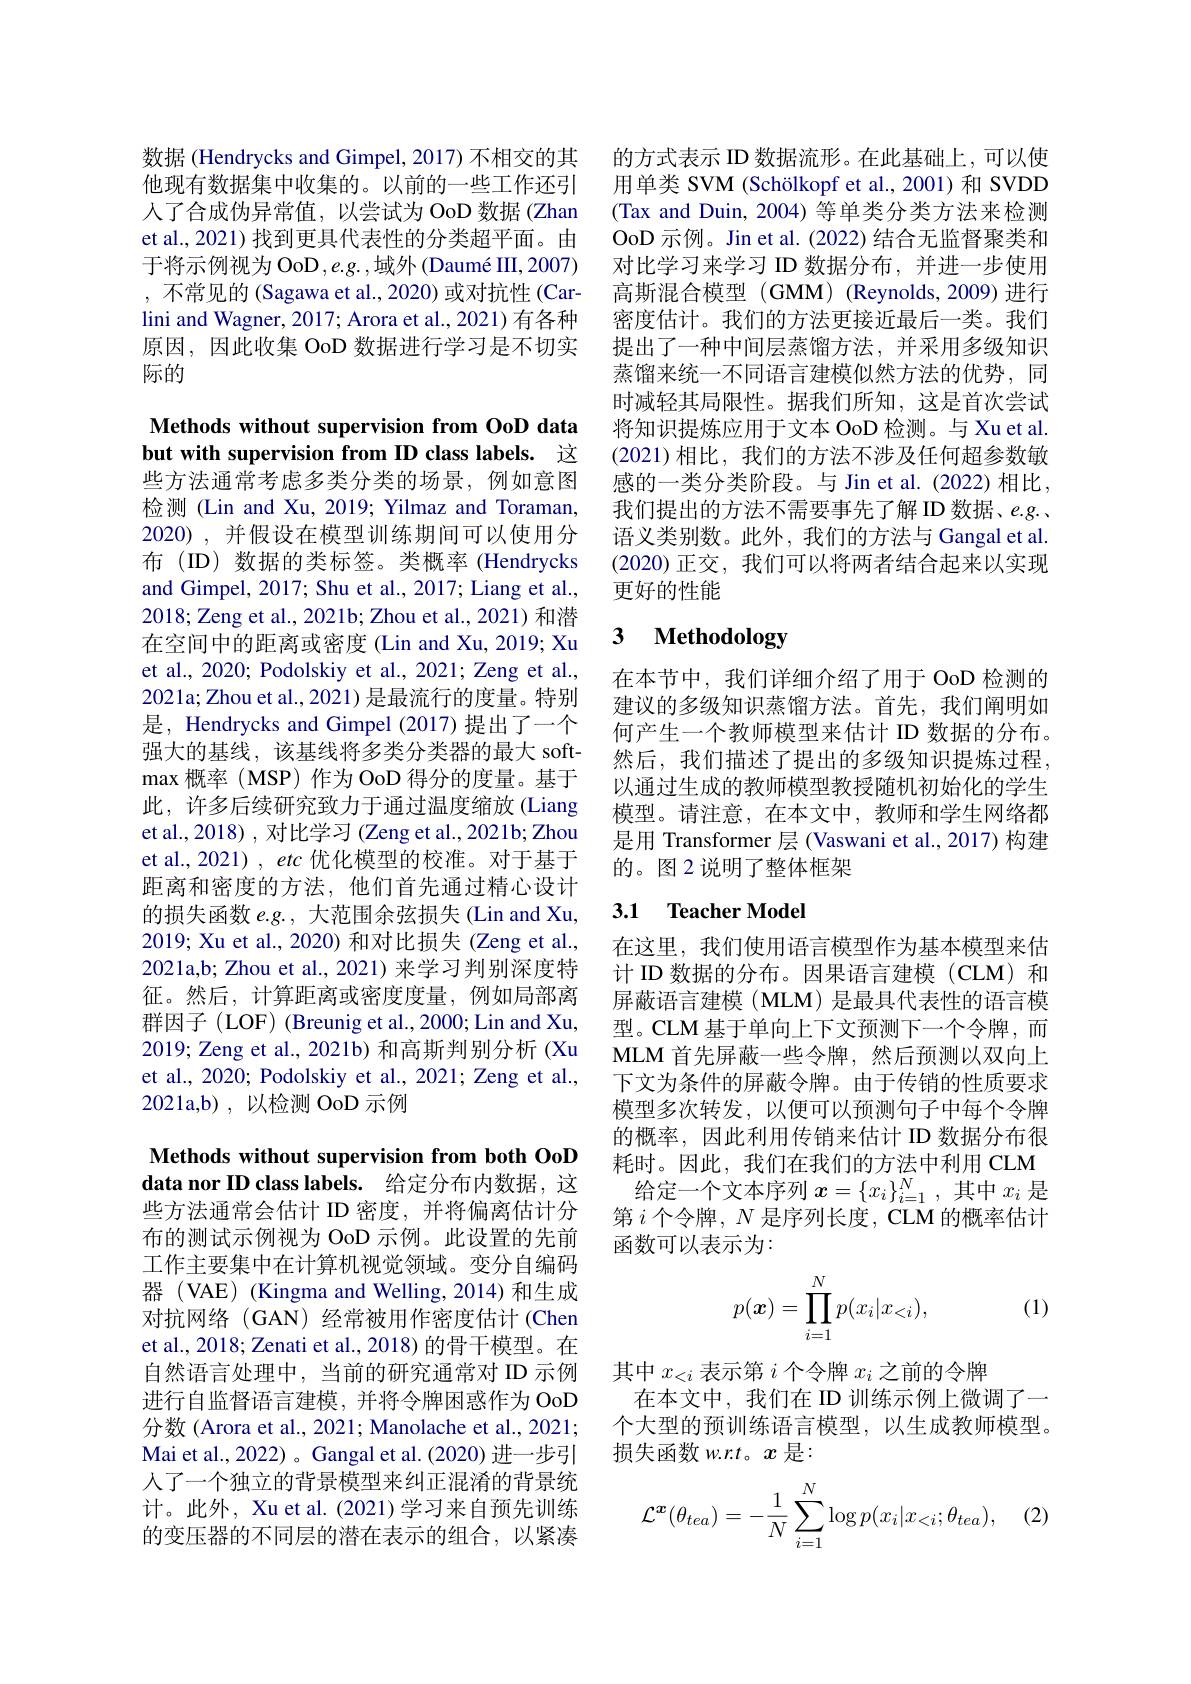
数据 (Hendrycks and Gimpel, 2017) 不相交的其他现有数据集中收集的。以前的一些工作还引人了合成伪异常值，以尝试为 OoD 数据 (Zhan et al., 2021) 找到更具代表性的分类超平面。由于将示例视为 OoD $,e.g.$,域外 (Daumé III,2007) ,不常见的 (Sagawa et al., 2020) 或对抗性 (Carlini and Wagner, 2017; Arora et al., 2021) 有各种原因，因此收集 OoD 数据进行学习是不切实际的

## Methods without supervision from OoD data but with supervision from ID class labels. 这

些方法通常考虑多类分类的场景，例如意图检测 (Lin and Xu, 2019; Yilmaz and Toraman. 2020),并假设在模型训练期间可以使用分布(ID)数据的类标签。类概率(Hendrycks and Gimpel, 2017; Shu et al., 2017; Liang et al., 2018; Zeng et al., 2021b; Zhou et al., 2021) 和潜在空间中的距离或密度 (Lin and Xu, 2019; Xu et al., 2020; Podolskiy et al., 2021; Zeng et al., 2021a; Zhou et al., 2021) 是最流行的度量。特别是，Hendrycks and Gimpel (2017)提出了一个强大的基线，该基线将多类分类器的最大 soft- $\max$概率(MSP)作为 OoD 得分的度量。基于此，许多后续研究致力于通过温度缩放(Liang et al., 2018) , 对比学习 (Zeng et al., 2021b; Zhou et al., 2021) , etc 优化模型的校准。对于基于距离和密度的方法，他们首先通过精心设计的损失函数 e.g., 大范围余弦损失(Lin and Xu, 2019; Xu et al., 2020) 和对比损失(Zeng et al., 2021a,b; Zhou et al., 2021) 来学习判别深度特征。然后，计算距离或密度度量，例如局部离群因子 (LOF) (Breunig et al., 2000; Lin and Xu, 2019; Zeng et al., 2021b) 和高斯判别分析 (Xu et al., 2020; Podolskiy et al., 2021; Zeng et al., 2021a,b),以检测 OoD 示例

Methods without supervision from both OoD data nor ID class labels. 给定分布内数据，这

些方法通常会估计 ID 密度，并将偏离估计分布的测试示例视为 OoD 示例。此设置的先前工作主要集中在计算机视觉领域。变分自编码器 (VAE) (Kingma and Welling, 2014) 和生成对抗网络(GAN) 经常被用作密度估计(Chen et al., 2018; Zenati et al., 2018) 的骨干模型。在自然语言处理中，当前的研究通常对 ID 示例进行自监督语言建模，并将令牌困惑作为 OoD 分数 (Arora et al., 2021; Manolache et al., 2021; Mai et al., 2022) 。Gangal et al. (2020) 进一步引人了一个独立的背景模型来纠正混淆的背景统计。此外，Xu et al. (2021) 学习来自预先训练的变压器的不同层的潜在表示的组合，以紧凑

的方式表示 ID 数据流形。在此基础上，可以使用单类 SVM (Schölkopf et al., 2001) 和 SVDD (Tax and Duin, 2004) 等单类分类方法来检测OoD 示例。Jin et al. (2022) 结合无监督聚类和对比学习来学习 ID 数据分布，并进一步使用高斯混合模型 (GMM) (Reynolds,2009) 进行密度估计。我们的方法更接近最后一类。我们提出了一种中间层蒸馏方法，并采用多级知识蒸馏来统一不同语言建模似然方法的优势，同时减轻其局限性。据我们所知，这是首次尝试将知识提炼应用于文本 OoD 检测。与 Xu et al. $(2021)相比，我们的方法不涉及任何超参数敏$ 感的一类分类阶段。与 Jin et al. (2022) 相比， 我们提出的方法不需要事先了解 ID 数据、e.g. 、 语义类别数。此外，我们的方法与 Gangal et al. (2020)正交，我们可以将两者结合起来以实现更好的性能

### 3 $\textbf{Methodology}$

在本节中，我们详细介绍了用于 OoD 检测的建议的多级知识蒸馏方法。首先，我们阐明如何产生一个教师模型来估计 ID 数据的分布。然后，我们描述了提出的多级知识提炼过程。以通过生成的教师模型教授随机初始化的学生模型。请注意，在本文中，教师和学生网络都是用 Transformer 层 (Vaswani et al.,2017)构建的。图 2 说明了整体框架

## 3.1 Teacher Model

在这里，我们使用语言模型作为基本模型来估计 ID 数据的分布。因果语言建模(CLM) 和屏蔽语言建模 (MLM) 是最具代表性的语言模型。CLM 基于单向上下文预测下一个令牌，而MLM 首先屏蔽一些令牌，然后预测以双向上下文为条件的屏蔽令牌。由于传销的性质要求模型多次转发，以便可以预测句子中每个令牌的概率，因此利用传销来估计 ID 数据分布很耗时。因此，我们在我们的方法中利用 CLM
给定一个文本序列$x=\{x_i\}_{i=1}^N$,其中$x_i$是第$i$个令牌，$N$是序列长度，CLM 的概率估计函数可以表示为：

, (1)
$$p(\boldsymbol{x})=\prod_{i=1}^Np(x_i|x_{<i}),$$
其中$x_{<i}$表示第$i$个令牌$x_i$之前的令牌
在本文中，我们在 ID 训练示例上微调了一个大型的预训练语言模型，以生成教师模型。损失函数 w.r.t。$x$是：

(2)
$$\mathcal{L}^x(\theta_{tea})=-\frac{1}{N}\sum_{i=1}^N\log p(x_i|x_{<i};\theta_{tea}),$$